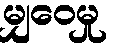
မျှဝေမှု